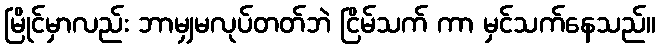
မြိုင်မှာလည်း ဘာမျှမလုပ်တတ်ဘဲ ငြိမ်သက် ကာ မှင်သက်နေသည်။